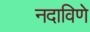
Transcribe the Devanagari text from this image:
नदाविणे